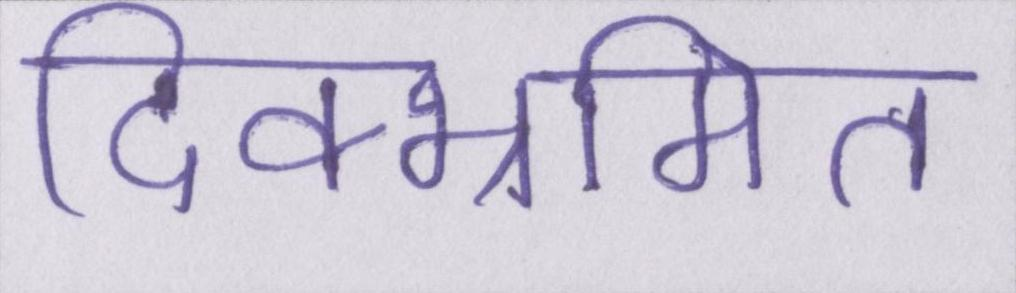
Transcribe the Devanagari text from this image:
दिक्भ्रमित